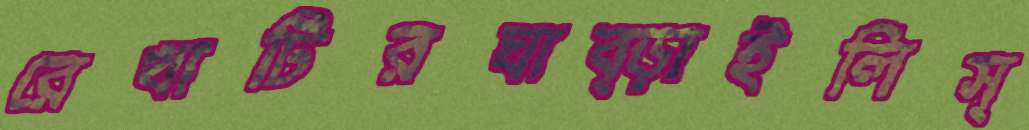
রেখাটিরঘাব্‌ড়াইলিস্